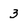
Character: 3